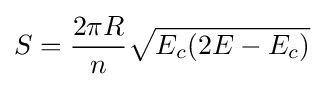
S={\frac {2\pi R}{n}}{\sqrt {E_{c}(2E-E_{c})}}